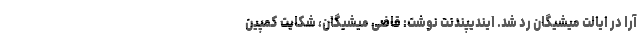
آرا در ایالت میشیگان رد شد. ایندیپندنت نوشت: قاضی میشیگان، شکایت کمپین